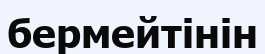
бермейтінін